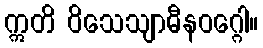
ဣတိ ဝိသေသျာဓီနဝဂ္ဂေါ။